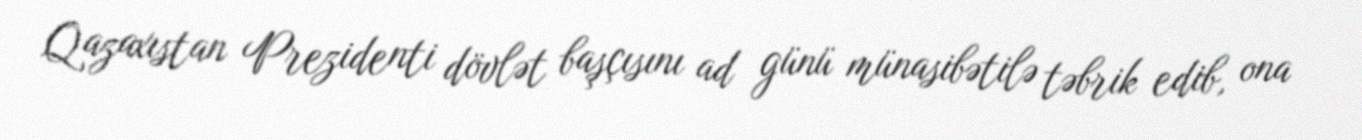
Qazaxıstan Prezidenti dövlət başçısını ad günü münasibətilə təbrik edib, ona